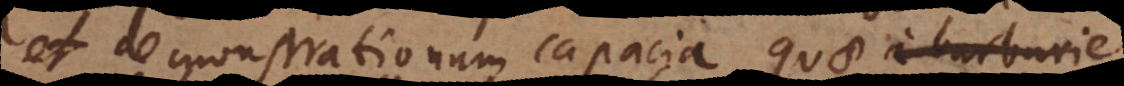
et demonstrationum capacia, quae a barbarie